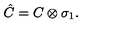
\hat { C } = C \otimes \sigma _ { 1 } .